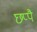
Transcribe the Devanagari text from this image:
छप्पै